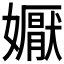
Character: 𭒦